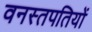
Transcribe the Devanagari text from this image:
वनस्तपतियों